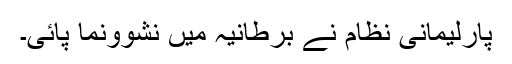
پارلیمانی نظام نے برطانیہ میں نشوونما پائی۔